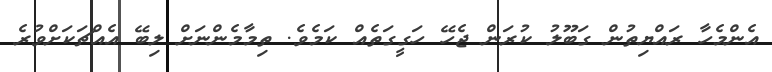
އެންމެހާ ރައްޔިތުން ގަބޫލު ކުރަން ޖެހޭ ހަގީގަތެއް ކަމެވެ. ތިމާމެންނަށް ލިބޭ އެއްޗަކަށްވުރެ